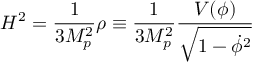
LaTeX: H ^ { 2 } = { \frac { 1 } { 3 M _ { p } ^ { 2 } } } \rho \equiv { \frac { 1 } { 3 M _ { p } ^ { 2 } } } { \frac { V ( \phi ) } { \sqrt { 1 - \dot { \phi } ^ { 2 } } } }